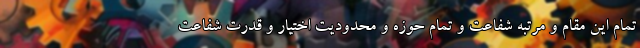
تمام این مقام و مرتبه شفاعت و تمام حوزه و محدودیت اختیار و قدرت شفاعت